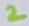
Text: 2